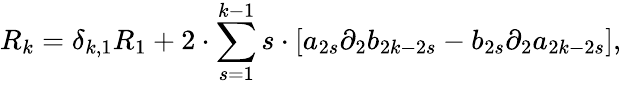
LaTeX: R_{k}=\delta_{k,1}R_{1}+2\cdot\sum_{s=1}^{k-1}s\cdot[a_{2s}{\partial}_{2}b_{2k-2s}-b_{2s}{\partial}_{2}a_{2k-2s}],